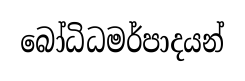
බෝධිධමර්පාදයන්